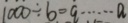
1 0 0 0 \div b = q \cdots a